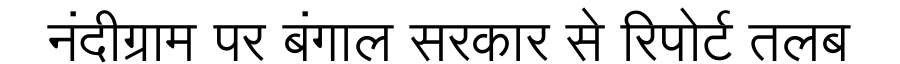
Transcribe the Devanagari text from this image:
नंदीग्राम पर बंगाल सरकार से रिपोर्ट तलब